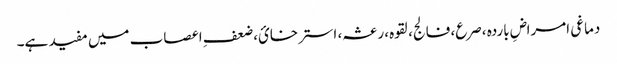
دماغی امراضِ باردہ ،صرع، فالج، لقوہ، رعشہ، استرخائ، ضعفِ اعصاب میں مفید ہے۔